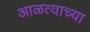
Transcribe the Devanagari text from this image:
आळत्याच्या